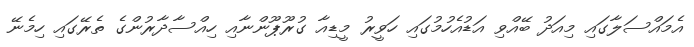
އެމައްސަލާގައި މިއަދު ބޭއްވި އަޑުއެހުމުގައި ހަވީރު މީޑިއާ ގުރޫޕޫންނާއި ހިއްސާދާރުންގެ ތެރޭގައި ހިމެނޭ